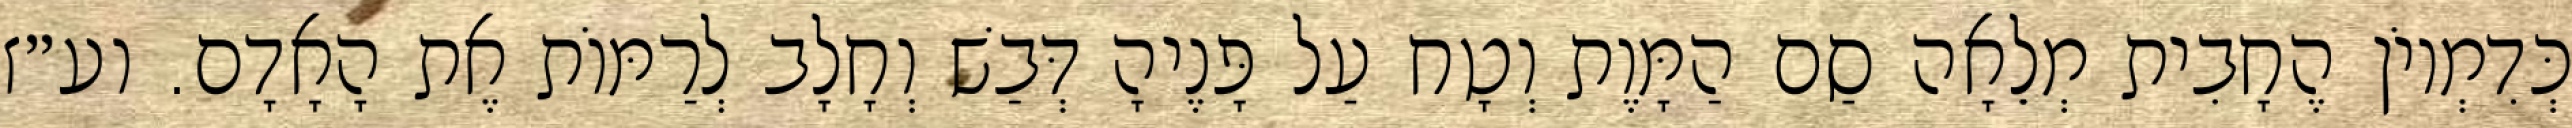
כְּדִמְיוֹן הֶחָבִית מְלֵאָה סַם הַמָּוֶת וְטָח עַל פָּנֶיהָ דְּבַשׁ וְחָלָב לְרַמּוֹת אֶת הָאָדָם. וע״ז